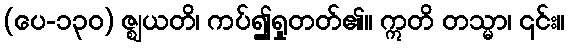
(ပေ-၁၃၀) ဇ္ဈယတိ၊ ကပ်၍ရှုတတ်၏။ ဣတိ တသ္မာ၊ ၎င်း။